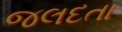
જલદતા